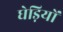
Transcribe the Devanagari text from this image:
घेड़ियों